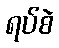
ရပ်စဲ